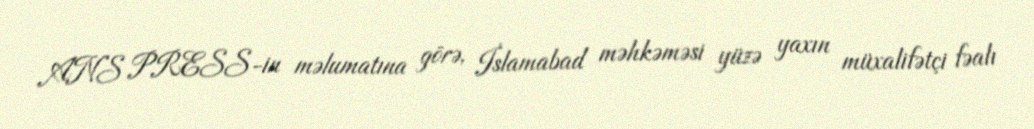
ANS PRESS-in məlumatına görə, İslamabad məhkəməsi yüzə yaxın müxalifətçi fəalı